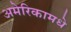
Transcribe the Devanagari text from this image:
अमेरिकामधे